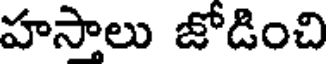
హసాలు జోడించి